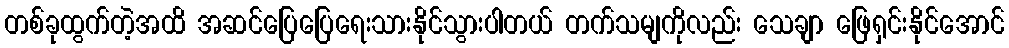
တစ်ခုထွက်တဲ့အထိ အဆင်ပြေပြေရေးသားနိုင်သွားပါတယ် တက်သမျကိုလည်း သေချာ ဖြေရှင်းနိုင်အောင်